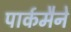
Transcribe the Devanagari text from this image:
पार्कमैने